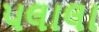
પલાલા